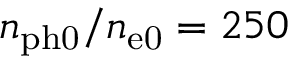
n _ { \mathrm { p h 0 } } / n _ { \mathrm { e 0 } } = 2 5 0